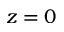
z = 0